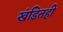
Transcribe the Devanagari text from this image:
खंडितही